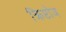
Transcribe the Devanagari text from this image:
क्रिप्टोज